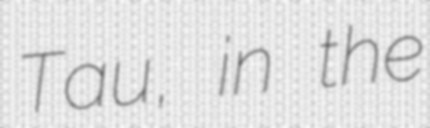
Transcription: Tau, in the